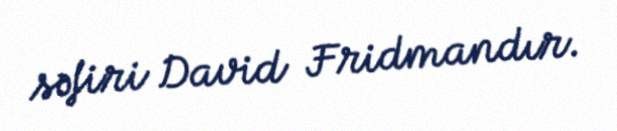
səfiri David Fridmandır.